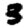
Digit: 3